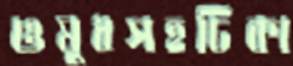
ওষুধসহঢিকা